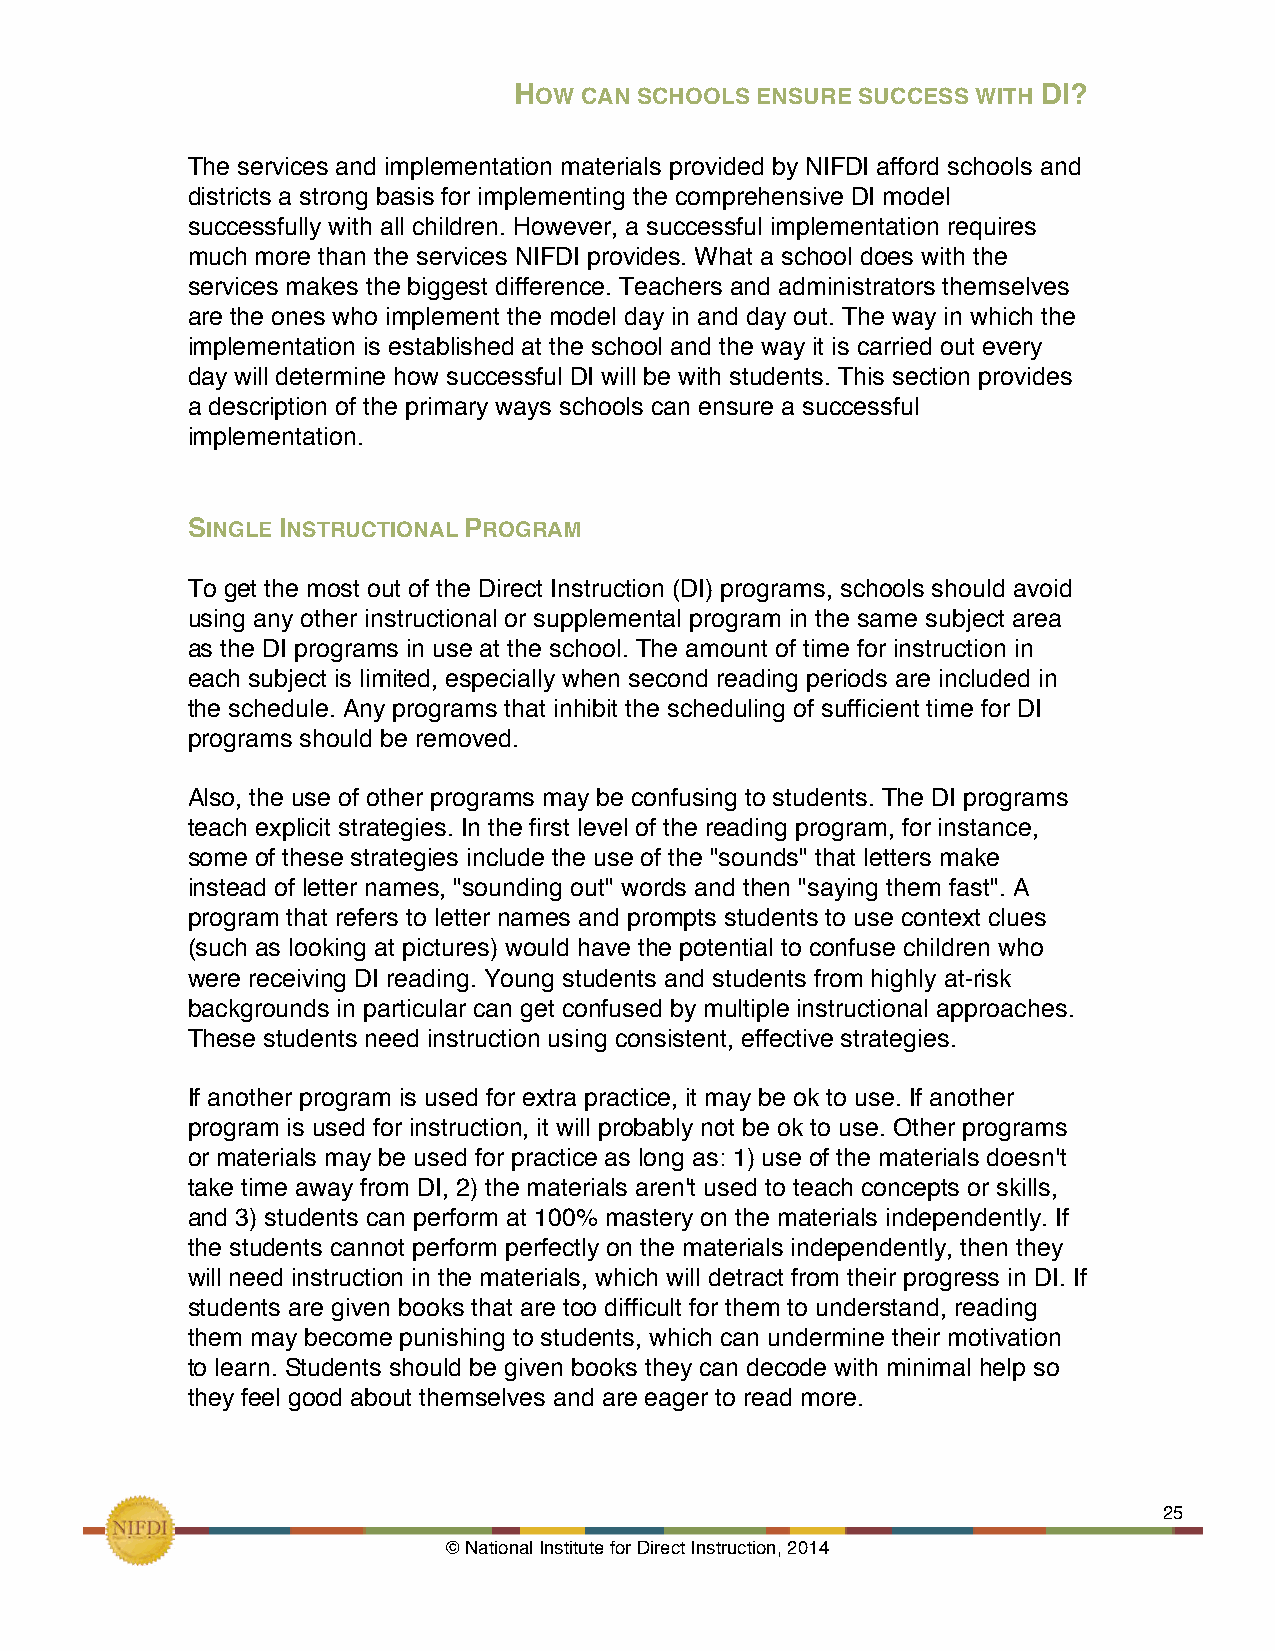
HOW CAN SCHOOLS ENSURE SUCCESS WITH DI?
 The services and implementation materials provided by NIFDI afford schools and
 districts a strong basis for implementing the comprehensive DI model
 successfully with all children. However, a successful implementation requires
 much more than the services NIFDI provides. What a school does with the
 services makes the biggest difference. Teachers and administrators themselves
 are the ones who implement the model day in and day out. The way in which the
 implementation is established at the school and the way it is carried out every
 day will determine how successful DI will be with students. This section provides
 a description of the primary ways schools can ensure a successful
 implementation.
 SINGLE INSTRUCTIONAL PROGRAM
 To get the most out of the Direct Instruction (DI) programs, schools should avoid
 using any other instructional or supplemental program in the same subject area
 as the DI programs in use at the school. The amount of time for instruction in
 each subject is limited, especially when second reading periods are included in
 the schedule. Any programs that inhibit the scheduling of sufficient time for DI
 programs should be removed.
 Also, the use of other programs may be confusing to students. The DI programs
 teach explicit strategies. In the first level of the reading program, for instance,
 some of these strategies include the use of the "sounds" that letters make
 instead of letter names, "sounding out" words and then "saying them fast". A
 program that refers to letter names and prompts students to use context clues
 (such as looking at pictures) would have the potential to confuse children who
 were receiving DI reading. Young students and students from highly at-risk
 backgrounds in particular can get confused by multiple instructional approaches.
 These students need instruction using consistent, effective strategies.
 If another program is used for extra practice, it may be ok to use. If another
 program is used for instruction, it will probably not be ok to use. Other programs
 or materials may be used for practice as long as: 1) use of the materials doesn't
 take time away from DI, 2) the materials aren't used to teach concepts or skills,
 and 3) students can perform at 100% mastery on the materials independently. If
 the students cannot perform perfectly on the materials independently, then they
 will need instruction in the materials, which will detract from their progress in DI. If
 students are given books that are too difficult for them to understand, reading
 them may become punishing to students, which can undermine their motivation
 to learn. Students should be given books they can decode with minimal help so
 they feel good about themselves and are eager to read more.
 !                                                             25
 © National Institute for Direct Instruction, 2014!